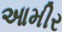
આમીર